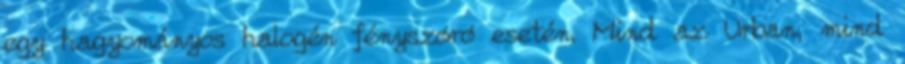
egy hagyományos halogén fényszóró esetén. Mind az Urban, mind